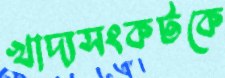
খাদ্যসংকটকে